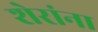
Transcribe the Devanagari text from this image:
शेरांना